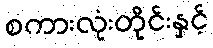
စကားလုံးတိုင်းနှင့်